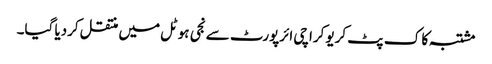
مشتبہ کا ک پٹ کریو کراچی ائرپورٹ سے نجی ہوٹل میں منتقل کردیا گیا۔